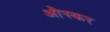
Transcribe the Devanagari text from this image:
औस्कर